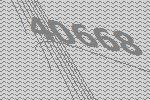
40668